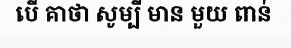
បើ គាថា សូម្បី មាន មួយ ពាន់